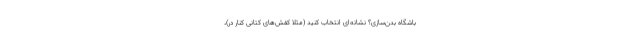
باشگاه بدن‌سازی؟ نشانه‌ای انتخاب کنید (مثلاً کفش‌های کتانی کنار در)،